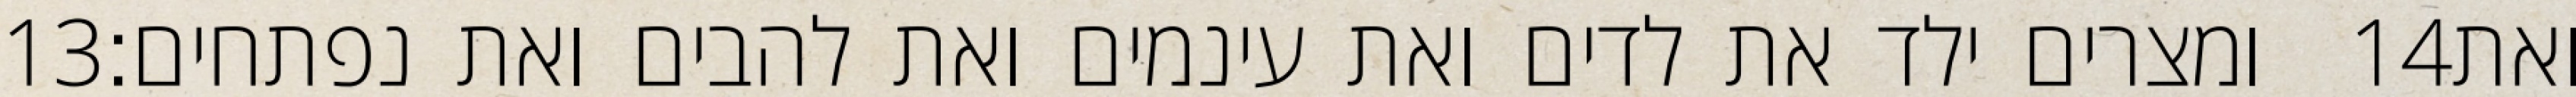
‎13‏ ומצרים ילד את לדים ואת עינמים ואת להבים ואת נפתחים׃ ‎14‏ ואת